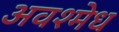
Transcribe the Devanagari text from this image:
अवश्मेध